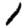
Digit: 1